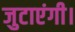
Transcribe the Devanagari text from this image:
जुटाएंगी।